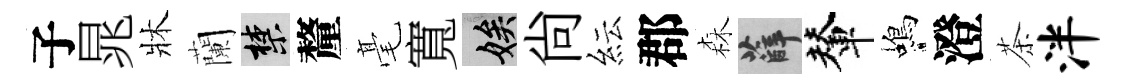
子晁牀蘭禁釐毫寬娭尙紜郡森薛輦蝎澄茶泮